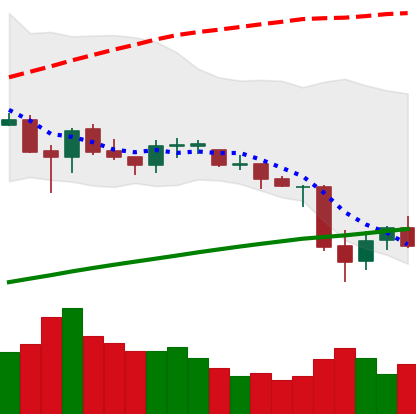
Ticker: ETC-USD
Chart end date: 2021-06-25
Forward return: 45.429%
Label: up_7plus